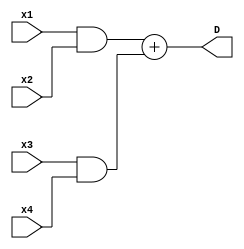
module Err_detect (
    input wire x1,x2,x3,x4,
    output wire D
);
    assign D = (x1 & x2)+(x3 & x4);
    
endmodule